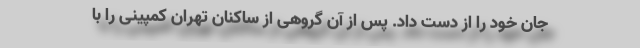
جان خود را از دست داد. پس از آن گروهی از ساکنان تهران کمپینی را با